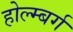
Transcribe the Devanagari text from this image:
होल्म्बर्ग